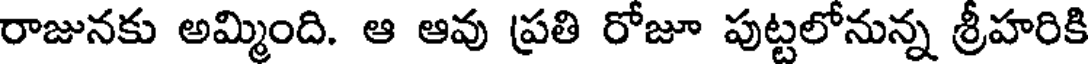
రాజునకు అమ్మింది. ఆ ఆవు ప్రతి రోజూ పుట్టలోనున్న శ్రీహరికి